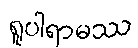
ရူပါရာမဿ